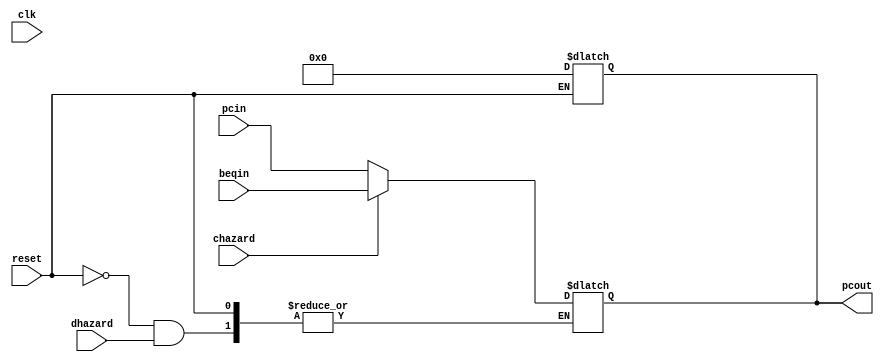
module pc(pcout,pcin,beqin,chazard,dhazard,clk,reset);
output reg [15:0]pcout;
input [15:0]pcin,beqin;
input chazard,dhazard,clk,reset;

always @(*)
begin
if(reset)
begin
pcout<=16'd0;
end
end

always @(clk)
begin
if(!reset)
begin
if(dhazard)
pcout<=pcout;//stall
else if(chazard)
pcout<=beqin;//branch
else
pcout<=pcin;//normal op
end
end

endmodule